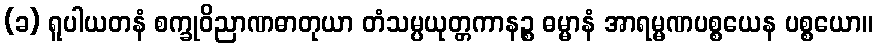
(ခ) ရူပါယတနံ စက္ခုဝိညာဏဓာတုယာ တံသမ္ပယုတ္တကာနဉ္စ ဓမ္မာနံ အာရမ္မဏပစ္စယေန ပစ္စယော။